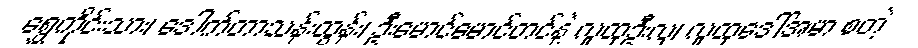
ရွှေကိုင်းသား၊ ဒေါက်တာသန်းထွန်း၊ ဦးမောင်မောင်တင်နဲ့ လူထုဦးလှ၊ လူထုဒေါ်အမာ စတဲ့